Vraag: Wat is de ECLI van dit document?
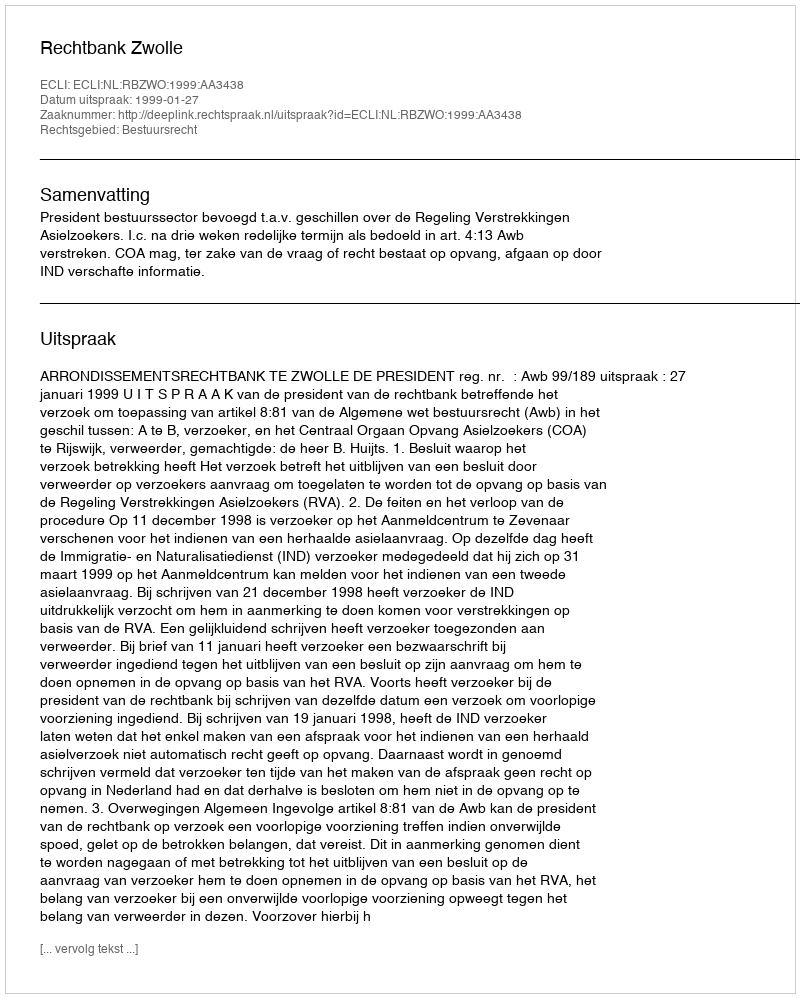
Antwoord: ECLI:NL:RBZWO:1999:AA3438